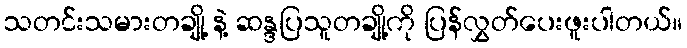
သတင်းသမားတချို့ နဲ့ ဆန္ဒပြသူတချို့ကို ပြန်လွှတ်ပေးဖူးပါတယ်။